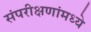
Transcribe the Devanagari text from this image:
संपरीक्षणांमध्ये